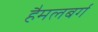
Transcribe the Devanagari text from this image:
हैमलबर्ग